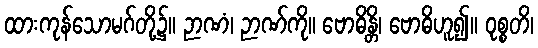
ထားကုန်သောမဂ်တို့၌။ ဉာဏံ၊ ဉာဏ်ကို။ ဗောဓိန္တိ၊ ဗောဓိဟူ၍။ ဝုစ္စတိ၊